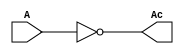
module Invertereightbit 
(
input [7:0]A,
output [7:0]Ac
);

assign Ac= ~A;



endmodule